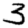
Digit: 3